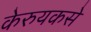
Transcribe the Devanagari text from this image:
केरुयकसे